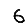
Digit: 6